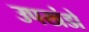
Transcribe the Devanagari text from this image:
उपखंडो